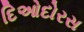
દિઓદોરસ